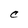
Character: C